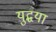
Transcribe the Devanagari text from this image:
युद्धया